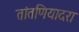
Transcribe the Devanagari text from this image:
तांतणियादरा